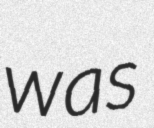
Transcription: was